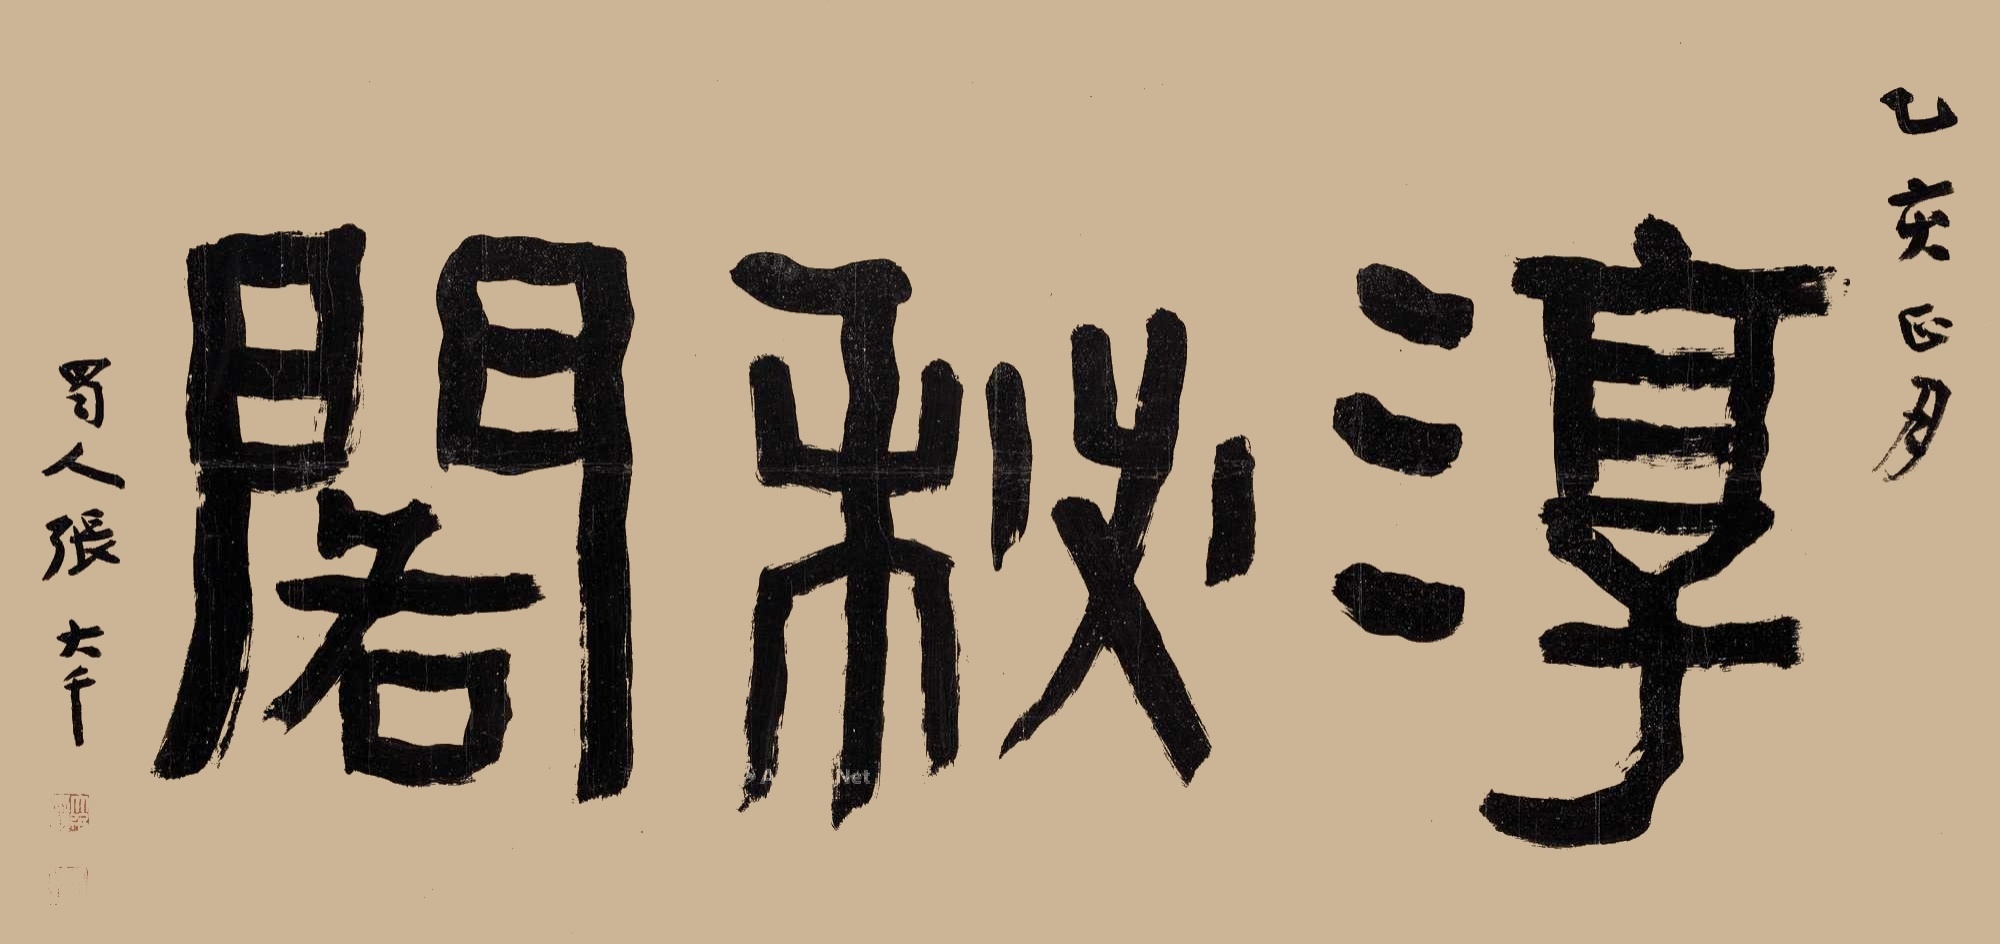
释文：淳秘阁。乙亥正月，蜀人张大千。